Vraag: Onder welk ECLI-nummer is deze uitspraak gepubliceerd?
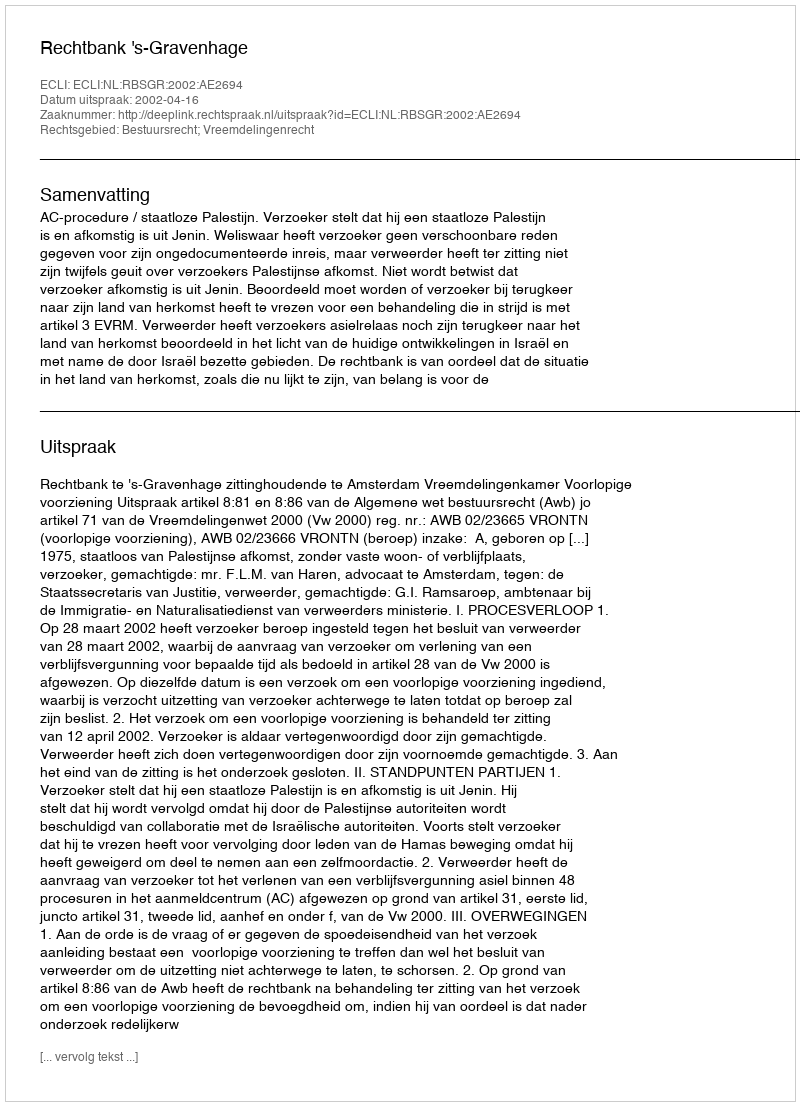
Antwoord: ECLI:NL:RBSGR:2002:AE2694